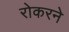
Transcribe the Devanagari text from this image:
रोकरने